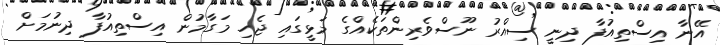
އޭނާ އިސްތިއުފާ ދިނީ ސިއްރު ނޫސްވެރިންތަކެއްގެ މަޅީގައި ޖެހި މަގާމުން އިސްތިއުފާ ދިނުމަށް